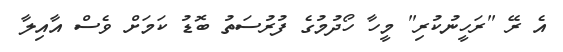
އެ ރޭ "ރަހީނުކުރި" މީހާ ހޯދުމުގެ ފުރުސަތު ބޮޑު ކަމަށް ވެސް އާއިލާ